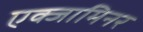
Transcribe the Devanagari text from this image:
एक्जामिनर